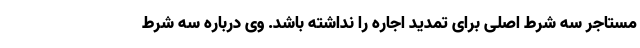
مستاجر سه شرط اصلی برای تمدید اجاره را نداشته باشد. وی درباره سه شرط